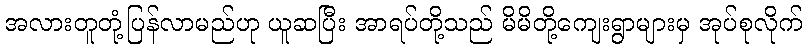
အလားတူတုံ့ပြန်လာမည်ဟု ယူဆပြီး အာရပ်တို့သည် မိမိတို့ကျေးရွာများမှ အုပ်စုလိုက်